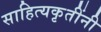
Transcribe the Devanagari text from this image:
साहित्यकृतींनी